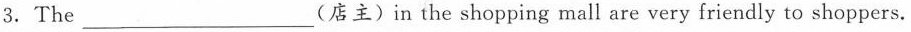
3.The ____(店主) in the shopping mall are very friendly to shoppers.